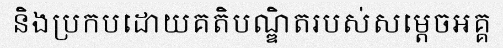
និងប្រកបដោយគតិបណ្ឌិតរបស់សម្តេចអគ្គ